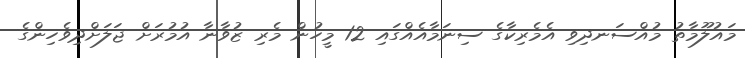
މައުލޫމާތު މުއްސަނދިވި އެމެރިކާގެ ސިނަމާއެއްގައި 12 މީހުން މެރި ޒުވާނާ އުމުރަށް ޖަލަށްދިވެހިންގެ